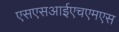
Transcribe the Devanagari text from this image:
एसएसआईएचएमएस